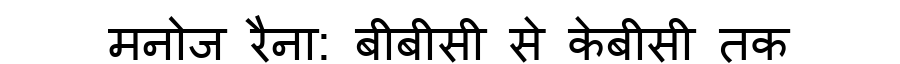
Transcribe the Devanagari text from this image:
मनोज रैना: बीबीसी से केबीसी तक